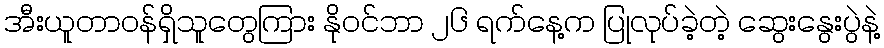
အီးယူတာဝန်ရှိသူတွေကြား နိုဝင်ဘာ ၂၆ ရက်နေ့က ပြုလုပ်ခဲ့တဲ့ ဆွေးနွေးပွဲနဲ့